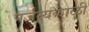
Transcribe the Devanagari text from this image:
पर्जन्यकाळी